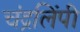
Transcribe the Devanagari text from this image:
चंद्रलिंपी